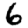
Digit: 6